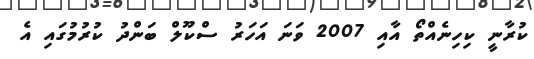
ކުރާނީ ކިހިނެއްތޯ އާއި 2007 ވަނަ އަހަރު ސްކޫލް ބަންދު ކުރުމުގައި އެ